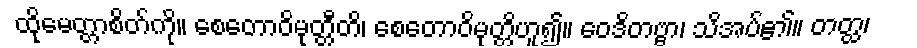
ထိုမေတ္တာစိတ်ကို။ စေတောဝိမုတ္တီတိ၊ စေတောဝိမုတ္တိဟူ၍။ ဝေဒိတဗ္ဗာ၊ သိအပ်၏။ တတ္ထ၊